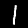
Label: 1